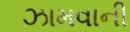
ઝામવાની